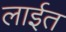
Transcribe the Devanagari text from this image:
लाईत